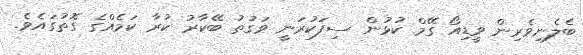
ބެލެނިވެރިން ވީޑިއޯ ގޭމް ކުޅުން ސިފަކުރަނީ ވަގުތު ބޭކާރު ކުރާ ކަމެއްގެ ގޮތުގައެވެ.